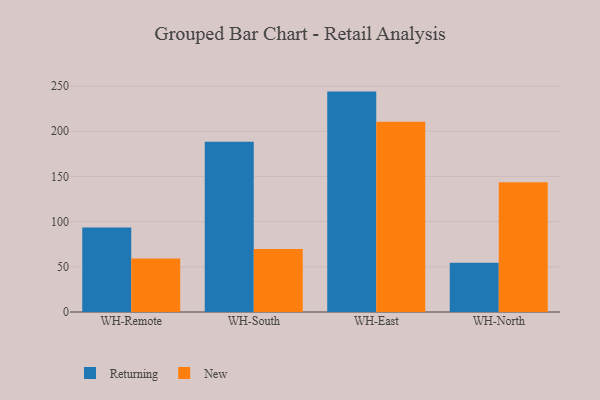
{"axis": {"x": "Warehouse", "y": "Population (Million)"}, "legend": ["New", "Returning"], "data": [{"x": "WH-Remote", "y": 93.5, "type": "Returning"}, {"x": "WH-Remote", "y": 59.2, "type": "New"}, {"x": "WH-South", "y": 188.4, "type": "Returning"}, {"x": "WH-South", "y": 69.7, "type": "New"}, {"x": "WH-East", "y": 243.9, "type": "Returning"}, {"x": "WH-East", "y": 210.5, "type": "New"}, {"x": "WH-North", "y": 54.4, "type": "Returning"}, {"x": "WH-North", "y": 143.6, "type": "New"}]}